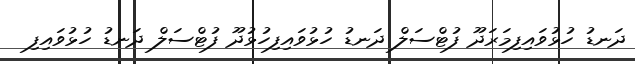
ދަނޑު ހުޅުވައިފިމަރަދޫ ފުޓްސަލް ދަނޑު ހުޅުވައިފިހުޅުދޫ ފުޓްސަލް ދަނޑު ހުޅުވައިފި